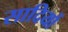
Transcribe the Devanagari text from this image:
सादियों